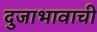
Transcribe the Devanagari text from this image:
दुजाभावाची